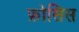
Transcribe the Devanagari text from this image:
फ्रोसिस